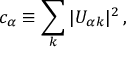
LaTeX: c _ { \alpha } \equiv \sum _ { k } | U _ { { \alpha } k } | ^ { 2 } \, ,